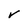
Character: V